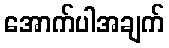
အောက်ပါအချက်